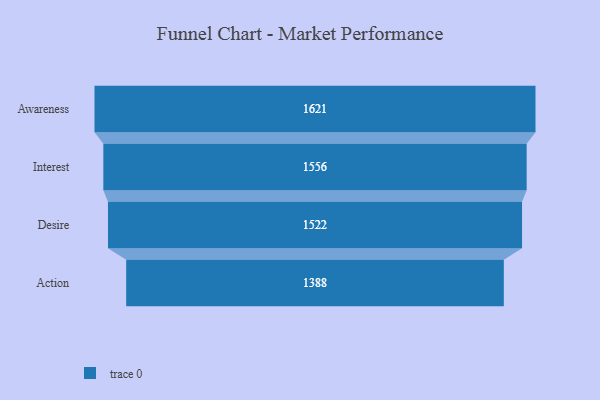
{"axis": {"x": "Stage", "y": "Value"}, "legend": [""], "data": [{"x": "Awareness", "y": 1621.0, "type": ""}, {"x": "Interest", "y": 1556.0, "type": ""}, {"x": "Desire", "y": 1522.0, "type": ""}, {"x": "Action", "y": 1388.0, "type": ""}]}